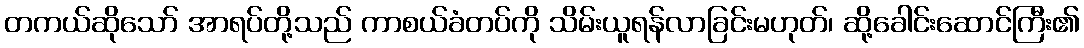
တကယ်ဆိုသော် အာရပ်တို့သည် ကာစယ်ခံတပ်ကို သိမ်းယူရန်လာခြင်းမဟုတ်၊ ဆို့ခေါင်းဆောင်ကြီး၏